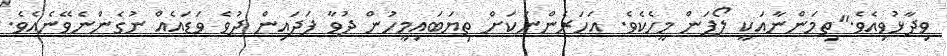
ވިދާޅުވިއެވެ."ތިމަންނާއަކީ ލޯފަން މީހެކެވެ. އަހަރެންނަކަށް ތިޔަބައިމީހުން ދުވާ ފަދައިން ދުވެ ވަޑައެއް ނުގެންނެވޭނެއެވެ.